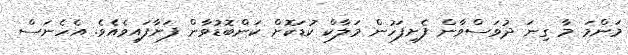
މަންމަ މާ ގިނަ ދުވަސްވާން ފެށިފަހުން މަލާކް ކުޑަކޮށް ކަންބޮޑުވާން ފަށާފައިވެއެވެ. އެހެނަސް